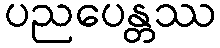
ပညပေန္တဿ